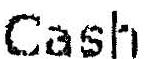
CASH